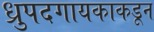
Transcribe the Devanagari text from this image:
ध्रुपदगायकाकडून